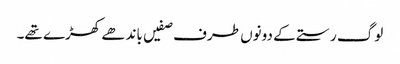
لوگ رستے کے دونوں طرف صفیں باندھے کھڑے تھے۔